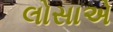
લોસાએ